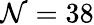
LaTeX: \mathcal{N}=38